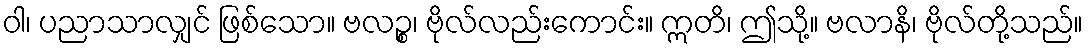
ဝါ၊ ပညာသာလျှင် ဖြစ်သော။ ဗလဉ္စ၊ ဗိုလ်လည်းကောင်း။ ဣတိ၊ ဤသို့။ ဗလာနိ၊ ဗိုလ်တို့သည်။